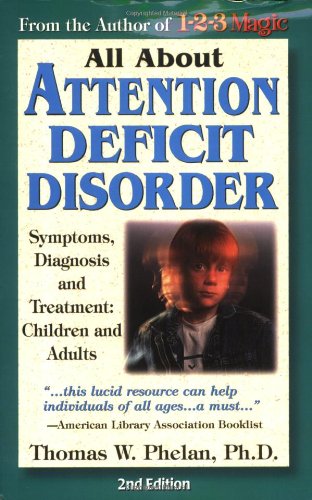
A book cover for All About Attention Deficit Disorder: Symptoms, Diagnosis and Treatment: Children and Adults; Thomas W. Phelan  PhD; Health, Fitness & Dieting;